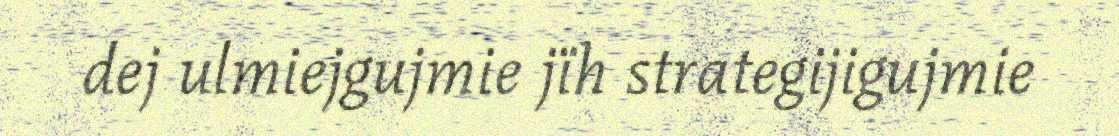
dej ulmiejgujmie jïh strategijigujmie